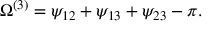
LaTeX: \Omega ^ { ( 3 ) } = \psi _ { 1 2 } + \psi _ { 1 3 } + \psi _ { 2 3 } - \pi .